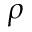
\rho